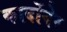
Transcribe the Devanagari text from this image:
कार्दोनेर